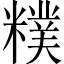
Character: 𥼜